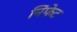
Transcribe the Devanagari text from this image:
निंफेट